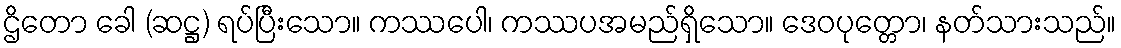
ဌိတော ခေါ (ဆဋ္ဌ) ရပ်ပြီးသော။ ကဿပေါ၊ ကဿပအမည်ရှိသော။ ဒေဝပုတ္တော၊ နတ်သားသည်။